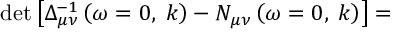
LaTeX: \operatorname * { d e t } \left[ \Delta _ { \mu \nu } ^ { - 1 } \left( \omega = 0 , \; k \right) - N _ { \mu \nu } \left( \omega = 0 , \; k \right) \right] =